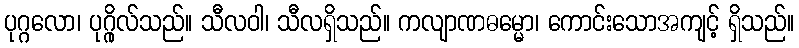
ပုဂ္ဂလော၊ ပုဂ္ဂိုလ်သည်။ သီလဝါ၊ သီလရှိသည်။ ကလျာဏဓမ္မော၊ ကောင်းသောအကျင့် ရှိသည်။